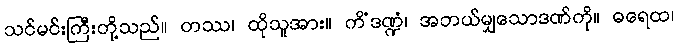
သင်မင်းကြီးတို့သည်။ တဿ၊ ထိုသူအား။ ကိံဒဏ္ဍံ၊ အဘယ်မျှသောဒဏ်ကို။ ဓရေထ၊